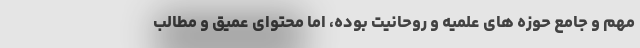
مهم و جامع حوزه های علمیه و روحانیت بوده، اما محتوای عمیق و مطالب